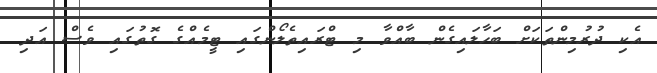
އެކި ދުރުމިންތަކަށް ބަހާލައިގެން ބާއްވާ މި ޓްރައިތެލޯންގައި ޓީމެއްގެ ގޮތުގައި ވެސް އަދި